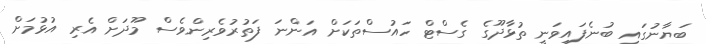
ބަޔާނުގައި ބުނެފައިވަނީ ތުޅާދޫގެ ގެސްޓް ހައުސްތަކަށް އަންނަ ފަތުރުވެރިންވެސް މޫދަށް އެރި އުޅުމަށް